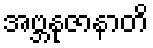
အဗ္ဘနုဇာနာတိ